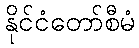
နိုင်ငံတော်စီမံ